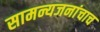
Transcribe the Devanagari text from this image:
सामन्यजनांचाच